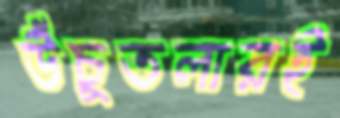
উঁচুতলারই